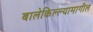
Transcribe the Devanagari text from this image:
बालेकिल्ल्यामागील